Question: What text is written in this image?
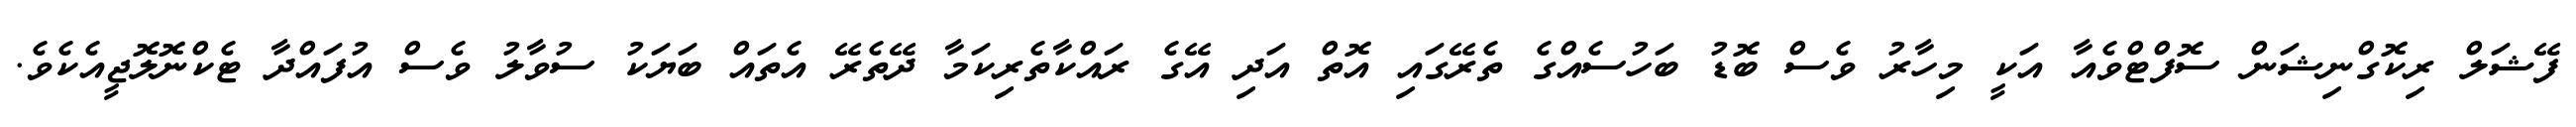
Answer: ފޭޝަލް ރިކޮގްނިޝަން ސޮފްޓްވެއާ އަކީ މިހާރު ވެސް ބޮޑު ބަހުސެއްގެ ތެރޭގައި އޮތް އަދި އޭގެ ރައްކާތެރިކަމާ ދޭތެރޭ އެތައް ބަޔަކު ސުވާލު ވެސް އުފައްދާ ޓެކްނޮލޮޖީއެކެވެ.